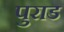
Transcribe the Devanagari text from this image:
पुराड